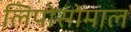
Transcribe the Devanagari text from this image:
लिपोसोमाल